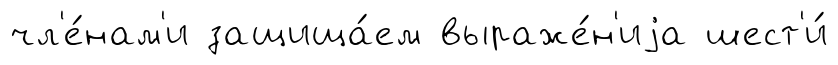
чл'е́нам'и защища́ем выраже́н'иjа шест'и́